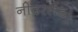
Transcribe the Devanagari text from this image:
नीदरलैंड।